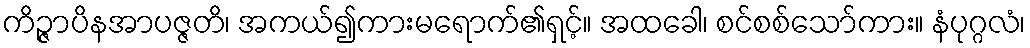
ကိဉ္ဇာပိနအာပဇ္ဇတိ၊ အကယ်၍ကားမရောက်၏ရှင့်။ အထခေါ၊ စင်စစ်သော်ကား။ နံပုဂ္ဂလံ၊